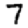
Digit: 7